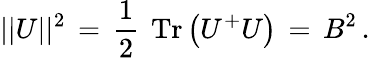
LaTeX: ||U||^{2}\, =\, \frac{1}{2}\, \mathrm{\mathbf~Tr}\left(U^{+}U\right)\, =\, B^{2}\, .